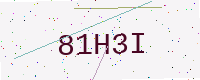
Text: 81H3I